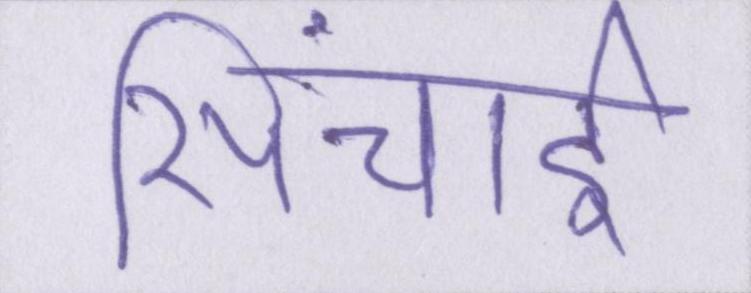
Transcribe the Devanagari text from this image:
सिंचाई